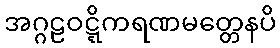
အဂ္ဂဠဝဋ္ဋိကရဏမတ္တေနပိ